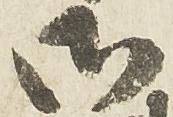
御